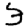
Digit: 3